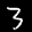
Label: 3